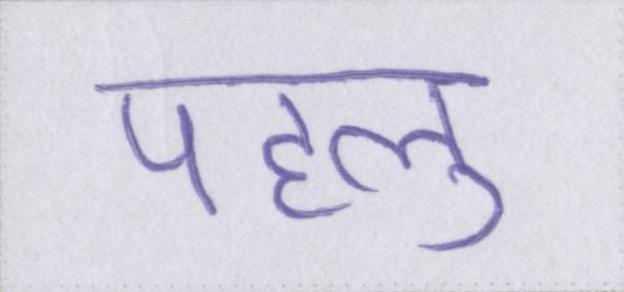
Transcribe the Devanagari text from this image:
पहलु